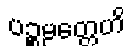
ပဉ္စမတ္တေဟိ